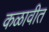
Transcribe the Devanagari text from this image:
कळावीत